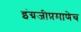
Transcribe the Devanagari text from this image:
इंग्रजीप्रमाणेच